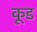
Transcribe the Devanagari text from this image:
कूड